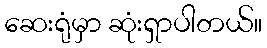
ဆေးရုံမှာ ဆုံးရှာပါတယ်။